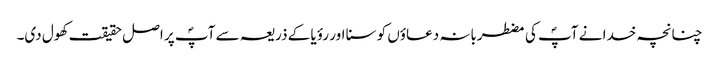
چنانچہ خدا نے آپؐ کی مضطربانہ دعاؤں کو سنا اور رؤیا کے ذریعہ سے آپؐ پر اصل حقیقت کھول دی۔